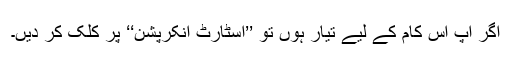
اگر آپ اس کام کے لیے تیار ہوں تو ’’اسٹارٹ انکرپشن‘‘ پر کلک کر دیں۔